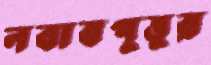
নবাবপুত্তুর